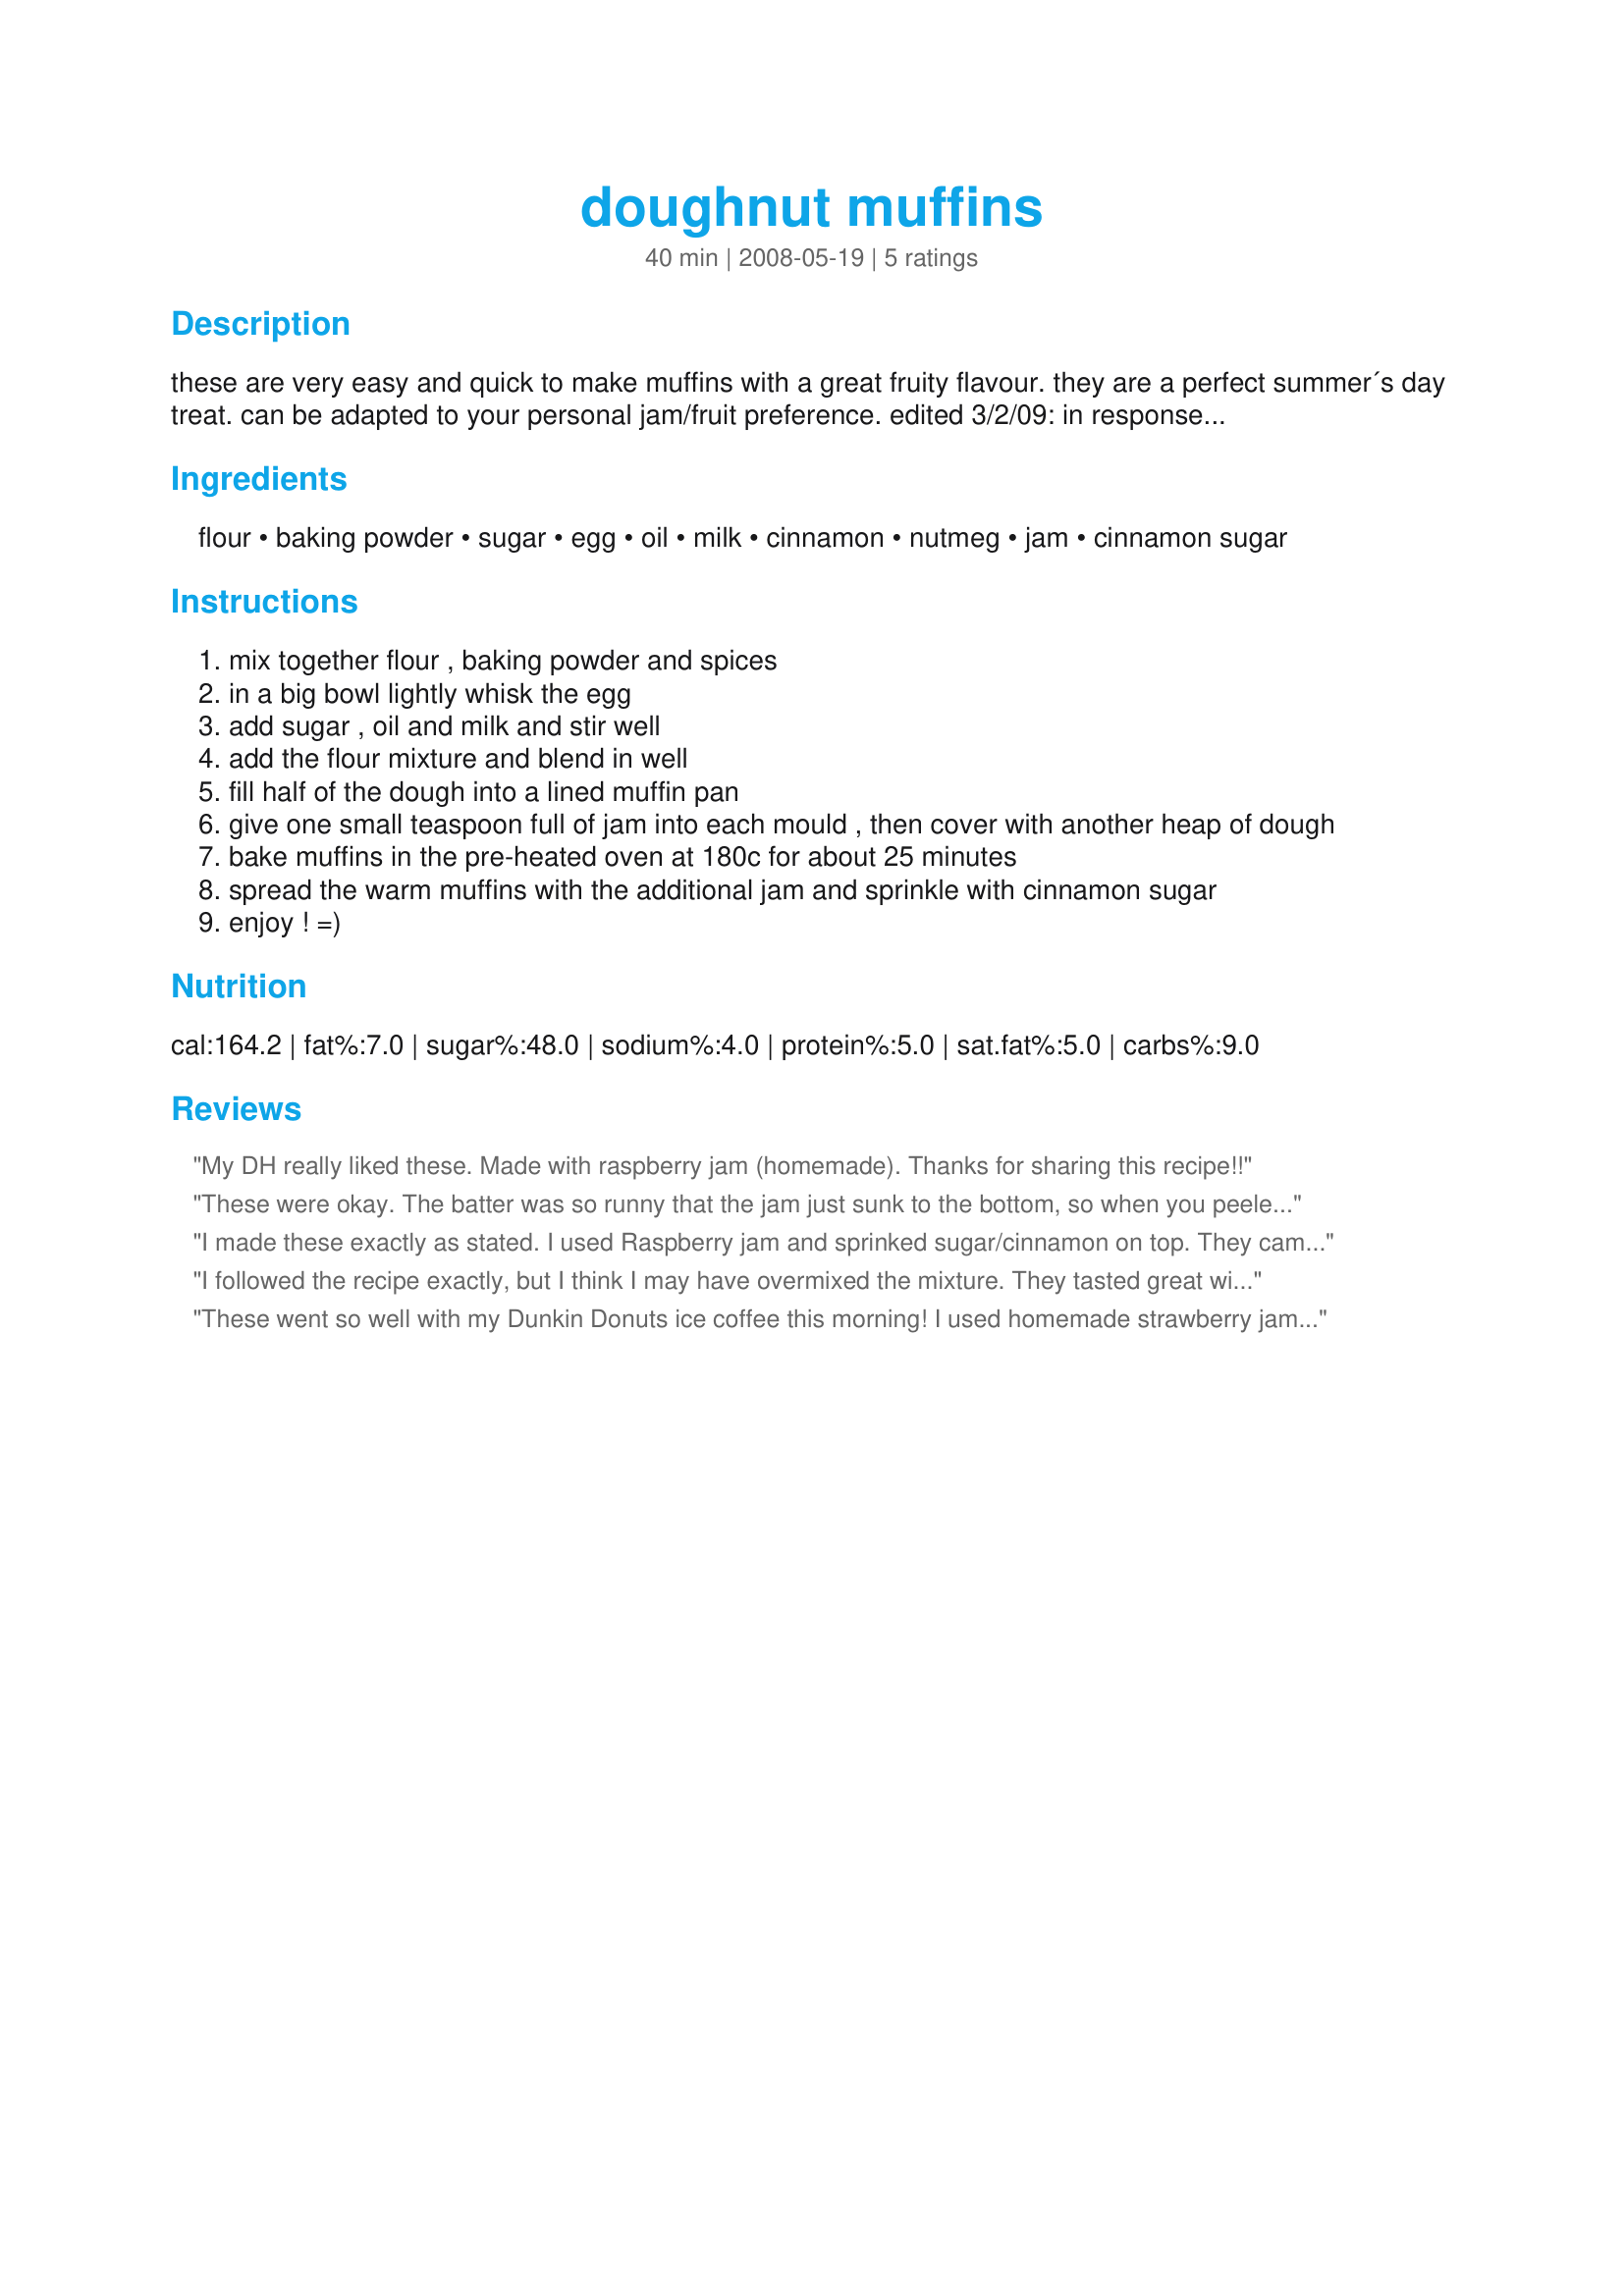
doughnut muffins
Preparation time: 40 minutes

these are very easy and quick to make muffins with a great fruity flavour. they are a perfect summer´s day treat. can be adapted to your personal jam/fruit preference.

edited 3/2/09: in response to sarah's review i'm posting the conversions into us measurements here as well. however these are naturally a little different from the metric ones. so i'd highly recommend you to check your batter before filling it in and if its too runny add a bit more flour and if its too thick a bit more fluid to get the right consistency.

Ingredients:
flour, baking powder, sugar, egg, oil, milk, cinnamon, nutmeg, jam, cinnamon sugar

Steps:
mix together flour , baking powder and spices
in a big bowl lightly whisk the egg
add sugar , oil and milk and stir well
add the flour mixture and blend in well
fill half of the dough into a lined muffin pan
give one small teaspoon full of jam into each mould , then cover with another heap of dough
bake muffins in the pre-heated oven at 180c for about 25 minutes
spread the warm muffins with the additional jam and sprinkle with cinnamon sugar
enjoy ! =)

Reviews:
My DH really liked these. Made
with raspberry jam (homemade).
Thanks for sharing this recipe!!
These were okay. The batter was so runny that the jam just sunk to the bottom, so when you peeled the puffin paper away all the jam was just sitting on the bottom of the muffin wrapper. I had to look up the conversions of grams and millileters online and maybe I didn't get it quite right. Maybe you could put the exact measurments in cups, that would make it easier for us folks in the States. Sorry I couldn't give you a better review. With some tweaking these are probably pretty good.
I made these exactly as stated. I used Raspberry jam and sprinked sugar/cinnamon on top. They came out moist but IMHO needed something, just don't know what. Maybe next time I will use strawberry jam. My youngest son ate them up! (Made for Bevy Tag May 09) and forgot to post my review ;) Thanks for sharing! ~V
I followed the recipe exactly, but I think I may have overmixed the mixture. They tasted great with my homemade strawberry jam, but seemed a little doughy inside, didn't matter the family loved them.<br/>I left half without the extra jam on top for DH he didn't even notice........ he loved them.<br/>I am going to try these again but with blackberry jam instead,(and less mixing)I think the strawberry was a little overly sweet and the blackberry would be really good.
These went so well with my Dunkin Donuts ice coffee this morning! I used homemade strawberry jam on them and wow were they ever yummy!
